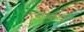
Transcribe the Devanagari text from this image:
कोइंबतूरला